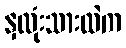
နှလုံးသားထဲက